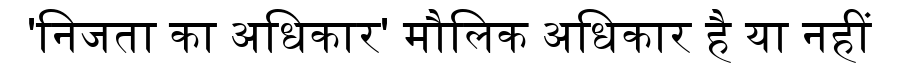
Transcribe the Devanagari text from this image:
'निजता का अधिकार' मौलिक अधिकार है या नहीं